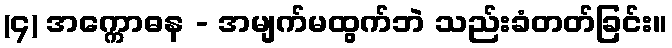
(၄) အက္ကောဓန - အမျက်မထွက်ဘဲ သည်းခံတတ်ခြင်း။